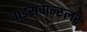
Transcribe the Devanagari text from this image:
वाइसचान्स्लर